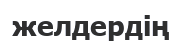
желдердің